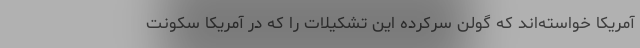
آمریکا خواسته‌اند که گولن سرکرده این تشکیلات را که در آمریکا سکونت